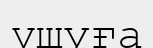
үшуға